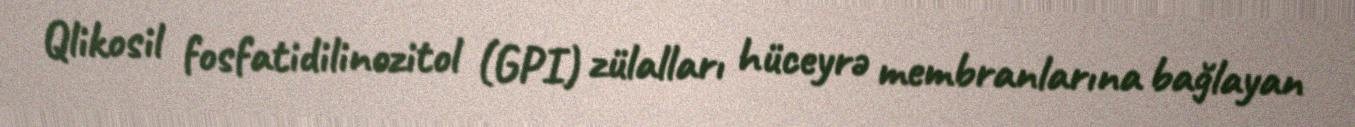
Qlikosil fosfatidilinozitol (GPI) zülalları hüceyrə membranlarına bağlayan